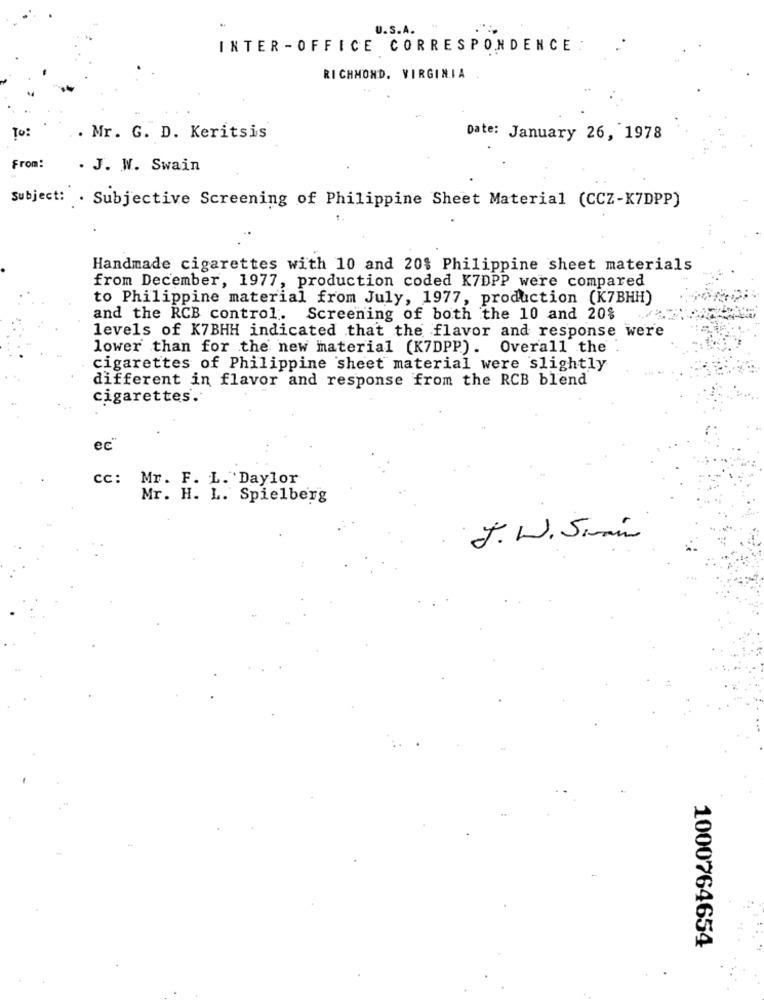
U.S.A.
INTER -OFFICE CORRESPONDENCE :
RICHMOND, VIRGINIA
To :
. Mr. G. D. Keritsis
Date: January 26, 1978
From:
. J. W. Swain
Subject: . Subjective Screening of Philippine Sheet Material (CCZ-K7DPP)
Handmade cigarettes with 10 and 20% Philippine sheet materials
from December, 1977, production coded K7DPP were compared
to Philippine material from July, 1977, production (K7BHH)
and the RCB control. Screening of both the 10 and 20%
levels of K7BHH indicated that the flavor and response were
lower than for the new material (K7DPP). Overall the
cigarettes of Philippine sheet material were slightly
different in flavor and response from the RCB blend
cigarettes.'
ec"
cc: Mr. F. L. Daylor
Mr. H. L. Spielberg
J. W. Simain
1000764654